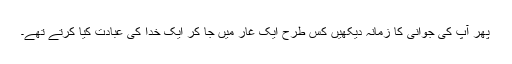
پھر آپؐ کی جوانی کا زمانہ دیکھیں کس طرح ایک غار میں جا کر ایک خدا کی عبادت کیا کرتے تھے۔